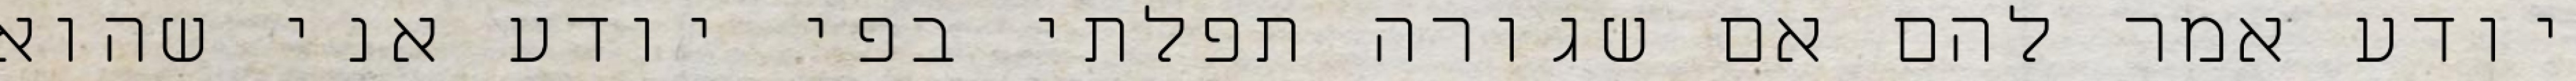
יודע אמר להם אם שגורה תפלתי בפי יודע אני שהוא